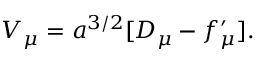
{ \cal V } _ { \mu } = a ^ { 3 / 2 } [ D _ { \mu } - f _ { \mu } ^ { \prime } ] .